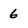
Character: 6